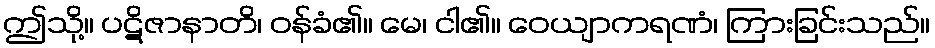
ဤသို့။ ပဋိဇာနာတိ၊ ဝန်ခံ၏။ မေ၊ ငါ၏။ ဝေယျာကရဏံ၊ ကြားခြင်းသည်။